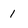
Character: 1